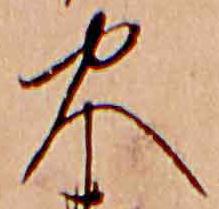
火